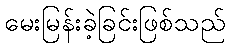
မေးမြန်းခဲ့ခြင်းဖြစ်သည်